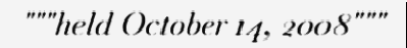
"""held October 14, 2008"""